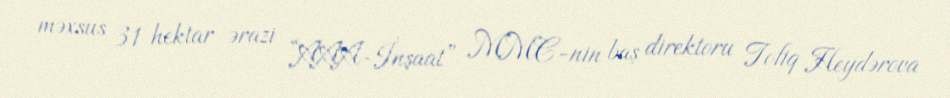
məxsus 31 hektar ərazi “AAA-İnşaat” MMC-nin baş direktoru Tofiq Heydərova